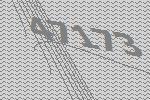
47173